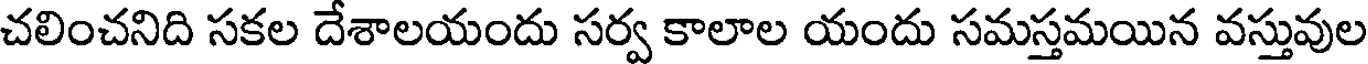
చలించనిది సకల దేశాలయందు సర్వ కాలాల యందు సమస్తమయిన వస్తువుల